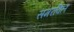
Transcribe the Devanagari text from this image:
समरविल